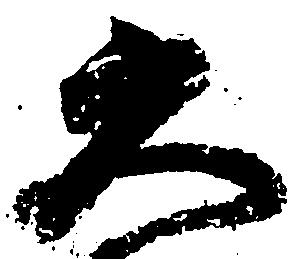
大